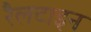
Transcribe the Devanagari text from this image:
रैलटाइन